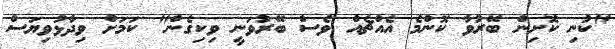
"ކުނި ކޮށިން ބޭރުވާ ކޮންމެ އެއްޗެއް ވެސް ބޭރުވަނީ ވިކިގެން" ކަމަށް ވިދާޅުވިޔަސް